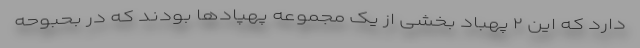
دارد که این ۲ پهباد بخشی از یک مجموعه پهپاد‌ها بودند که در بحبوحه